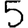
Digit: 5